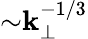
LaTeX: {\sim}\mathbf{k}_{\perp}^{-1/3}